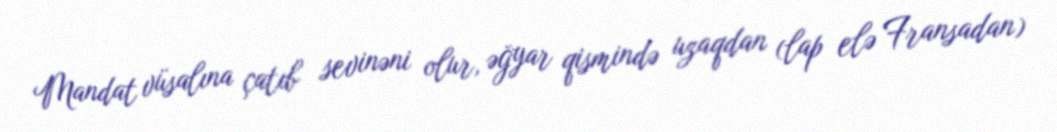
Mandat vüsalına çatıb sevinəni olur, əğyar qismində uzaqdan (lap elə Fransadan)